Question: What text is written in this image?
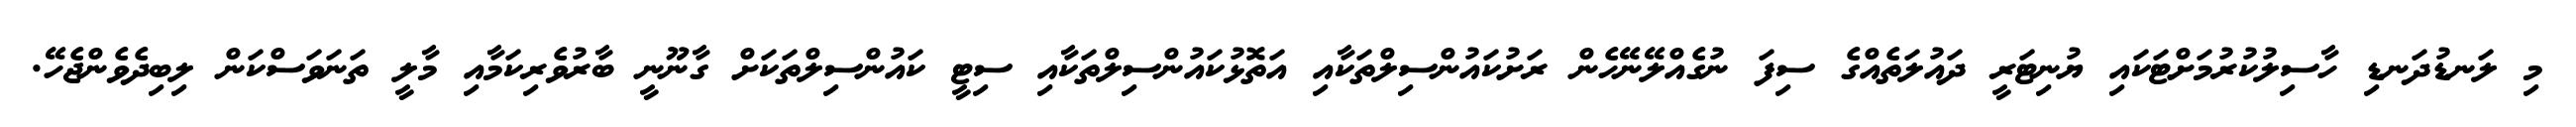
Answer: މި ލަނޑުދަނޑި ހާސިލުކުރުމަށްޓަކައި ޔުނިޓަރީ ދައުލަތެއްގެ ސިފަ ނުގެއްލޭނޭހެން ރަށުކައުންސިލްތަކާއި އަތޮޅުކައުންސިލްތަކާއި ސިޓީ ކައުންސިލްތަކަށް ގާނޫނީ ބާރުވެރިކަމާއި މާލީ ތަނަވަސްކަން ލިބިދެވެންޖެހޭ.